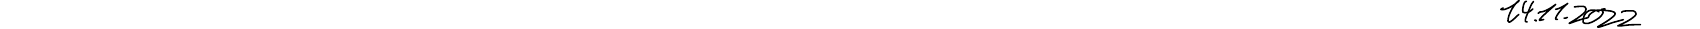
14.11.2022